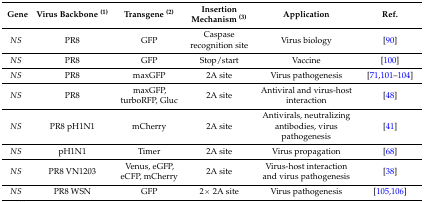
<table><thead><tr><td><b>Gene</b></td><td><b>Virus Backbone <sup>(1)</sup></b></td><td><b>Transgene <sup>(2)</sup></b></td><td><b>Insertion Mechanism <sup>(3)</sup></b></td><td><b>Application</b></td><td><b>Ref.</b></td></tr></thead><tbody><tr><td><i>NS</i></td><td>PR8</td><td>GFP</td><td>Caspase recognition site</td><td>Virus biology</td><td>[90]</td></tr><tr><td><i>NS</i></td><td>PR8</td><td>GFP</td><td>Stop/start</td><td>Vaccine</td><td>[100]</td></tr><tr><td><i>NS</i></td><td>PR8</td><td>maxGFP</td><td>2A site</td><td>Virus pathogenesis</td><td>[71,101,102,103,104]</td></tr><tr><td><i>NS</i></td><td>PR8</td><td>maxGFP, turboRFP, Gluc</td><td>2A site</td><td>Antiviral and virus-host interaction</td><td>[48]</td></tr><tr><td><i>NS</i></td><td>PR8 pH1N1</td><td>mCherry</td><td>2A site</td><td>Antivirals, neutralizing antibodies, virus pathogenesis</td><td>[41]</td></tr><tr><td><i>NS</i></td><td>pH1N1</td><td>Timer</td><td>2A site</td><td>Virus propagation</td><td>[68]</td></tr><tr><td><i>NS</i></td><td>PR8 VN1203</td><td>Venus, eGFP, eCFP, mCherry</td><td>2A site</td><td>Virus-host interaction and virus pathogenesis</td><td>[38]</td></tr><tr><td><i>NS</i></td><td>PR8 WSN</td><td>GFP</td><td>2× 2A site</td><td>Virus pathogenesis</td><td>[105,106]</td></tr></tbody></table>